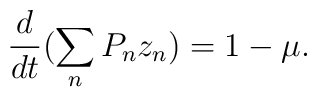
\frac{d}{dt}(\sum_nP_n z_n) = 1-\mu.